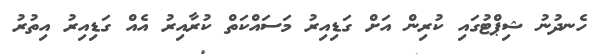
ހެނދުނު ޝިޕްޓުގައި ކުރިން އަށް ގަޑިއިރު މަސައްކަތް ކުރާއިރު އެއް ގަޑިއިރު އިތުރު